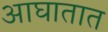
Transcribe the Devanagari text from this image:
आघातात